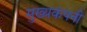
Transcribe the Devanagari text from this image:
मुख्यकंपनी